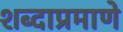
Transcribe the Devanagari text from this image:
शब्दाप्रमाणे